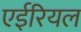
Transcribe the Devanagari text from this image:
एईरियल